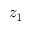
z _ { 1 }